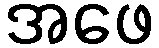
အဖေ